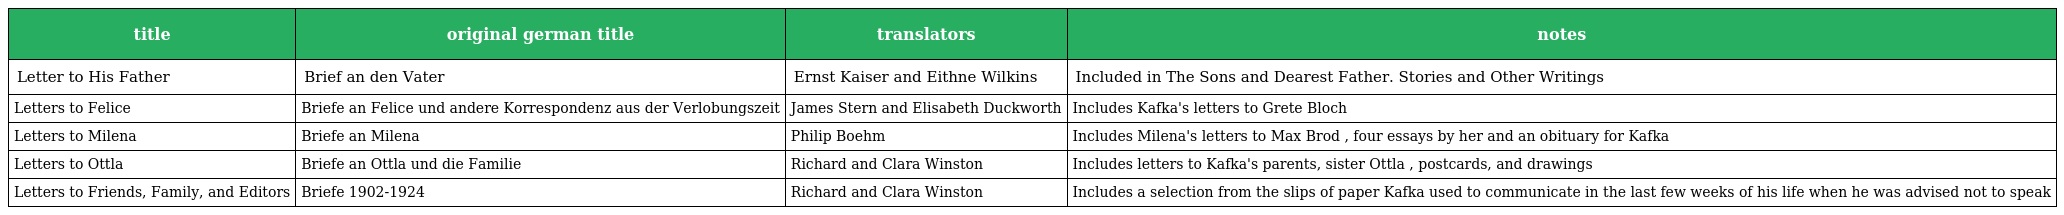
| title | original german title | translators | notes |
 | --- | --- | --- | --- |
 | Letter to His Father | Brief an den Vater | Ernst Kaiser and Eithne Wilkins | Included in The Sons and Dearest Father. Stories and Other Writings |
 | Letters to Felice | Briefe an Felice und andere Korrespondenz aus der Verlobungszeit | James Stern and Elisabeth Duckworth | Includes Kafka's letters to Grete Bloch |
 | Letters to Milena | Briefe an Milena | Philip Boehm | Includes Milena's letters to Max Brod , four essays by her and an obituary for Kafka |
 | Letters to Ottla | Briefe an Ottla und die Familie | Richard and Clara Winston | Includes letters to Kafka's parents, sister Ottla , postcards, and drawings |
 | Letters to Friends, Family, and Editors | Briefe 1902-1924 | Richard and Clara Winston | Includes a selection from the slips of paper Kafka used to communicate in the last few weeks of his life when he was advised not to speak |